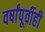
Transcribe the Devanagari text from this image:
वर्षांपूर्वीही